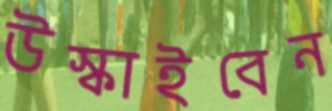
উস্‌কাইবেন